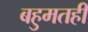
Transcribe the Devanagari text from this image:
बहुमतही